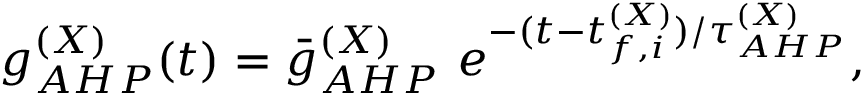
g _ { A H P } ^ { ( X ) } ( t ) = \bar { g } _ { A H P } ^ { ( X ) } ~ e ^ { - ( t - t _ { f , i } ^ { ( X ) } ) / \tau _ { A H P } ^ { ( X ) } } ,